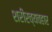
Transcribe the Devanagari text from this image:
शरीरव्यवहार